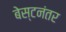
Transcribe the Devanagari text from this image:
बेस्टनंतर